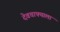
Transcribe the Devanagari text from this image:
देवचाफ्याला